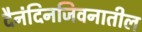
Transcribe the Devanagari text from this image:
दैनंदिनजिवनातील